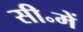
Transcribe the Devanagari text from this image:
सी॰में